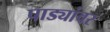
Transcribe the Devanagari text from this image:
पाड्यांवर